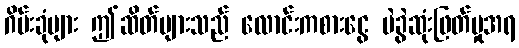
ဂိမ်းခုံများ ဤဆိတ်များသည် လောင်းကစားငွေ မဲခွဲဆုံးဖြတ်မှုအရ